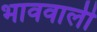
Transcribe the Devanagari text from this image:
भाववाली